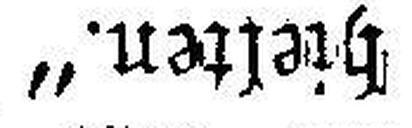
hielten.“